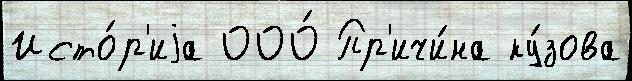
Исто́р'иjа ООО́ Пр'ичи́на ку́зова